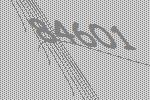
84601